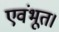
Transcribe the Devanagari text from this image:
एवंभूत।